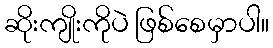
ဆိုးကျိုးကိုပဲ ဖြစ်စေမှာပါ။